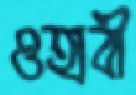
ওহাবী